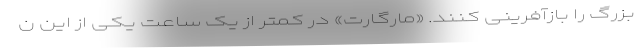
بزرگ را بازآفرینی کنند. «مارگارت» در کمتر از یک ساعت یکی از این ن